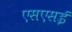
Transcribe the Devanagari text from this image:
एसएसई